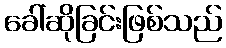
ခေါ်ဆိုခြင်းဖြစ်သည်